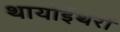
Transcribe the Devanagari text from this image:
थायोईथरों